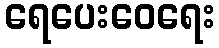
ရေပေးဝေရေး